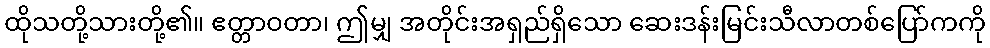
ထိုသတို့သားတို့၏။ ဧတ္တာဝတာ၊ ဤမျှ အတိုင်းအရှည်ရှိသော ဆေးဒန်းမြင်းသီလာတစ်ပြော်ကကို